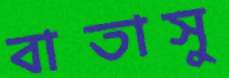
বাতাসু